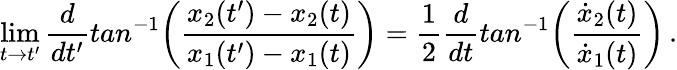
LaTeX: \operatorname*{lim}_{t\rightarrow t^{\prime}}{\frac{d}{dt^{\prime}}}tan^{-1}\biggl({\frac{x_{2}(t^{\prime})-x_{2}(t)}{x_{1}(t^{\prime})-x_{1}(t)}}\biggr)={\frac{1}{2}}{\frac{d}{dt}}tan^{-1}\biggl({\frac{{\dot{x}}_{2}(t)}{{\dot{x}}_{1}(t)}}\biggr)\, .